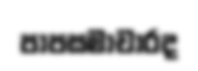
පාපසමාචාරද